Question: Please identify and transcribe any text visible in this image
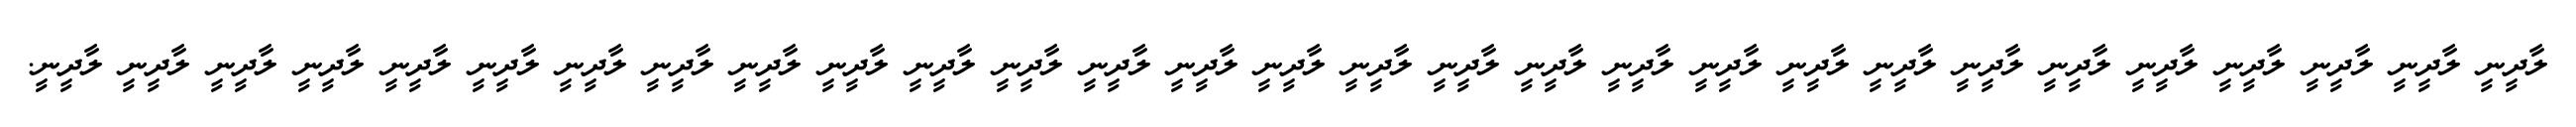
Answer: ލާދީނީ ލާދީނީ ލާދީނީ ލާދީނީ ލާދީނީ ލާދީނީ ލާދީނީ ލާދީނީ ލާދީނީ ލާދީނީ ލާދީނީ ލާދީނީ ލާދީނީ ލާދީނީ ލާދީނީ ލާދީނީ ލާދީނީ ލާދީނީ ލާދީނީ ލާދީނީ ލާދީނީ ލާދީނީ ލާދީނީ ލާދީނީ ލާދީނީ ލާދީނީ ލާދީނީ ލާދީނީ ލާދީނީ.